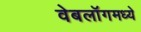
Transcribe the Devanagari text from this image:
वेबलॉगमध्ये